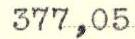
377,05